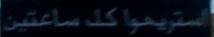
ستريحوكلساعتين